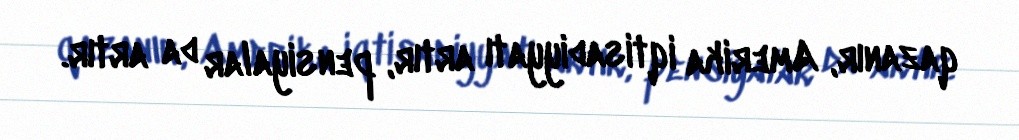
qazanır, Amerika iqtisadiyyatı artır, pensiyalar da artır.